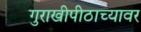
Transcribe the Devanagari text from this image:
गुराखीपीठाच्यावर